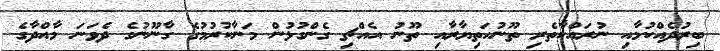
ބިރުދެއްކުމާއި ނުރައްކާތެރި ތޫނުހަތިޔާރާއި ތޫނު އެއްޗި ގެންގުޅުން މަނާކުރުމުގެ ގާނޫނުގެ ދެވަނަ މާއްދާގެ